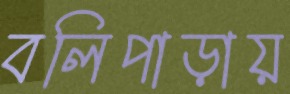
বলিপাড়ায়